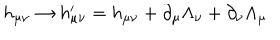
h _ { \mu \nu } \rightarrow h _ { \mu \nu } ^ { \prime } = h _ { \mu \nu } + \partial _ { \mu } \Lambda _ { \nu } + \partial _ { \nu } \Lambda _ { \mu }